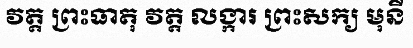
វត្ត ព្រះធាតុ វត្ត លង្ការ ព្រះសក្យ មុនី